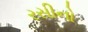
રસીનો